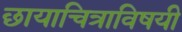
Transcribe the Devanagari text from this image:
छायाचित्राविषयी